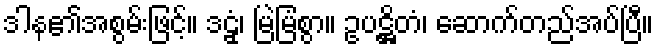
ဒါန၏အစွမ်းဖြင့်။ ဒဠှံ၊ မြဲမြံစွာ။ ဥပဋ္ဌိတံ၊ ဆောက်တည်အပ်ပြီ။